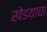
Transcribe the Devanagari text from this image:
खेडय़ाचा